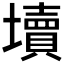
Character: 𰊻